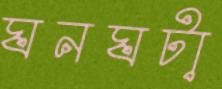
ঘনঘটা